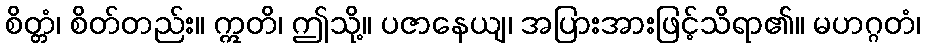
စိတ္တံ၊ စိတ်တည်း။ ဣတိ၊ ဤသို့။ ပဇာနေယျ၊ အပြားအားဖြင့်သိရာ၏။ မဟဂ္ဂတံ၊